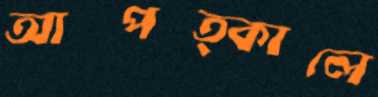
আপত্কালে